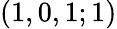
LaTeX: (1,0,1;1)